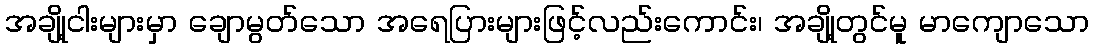
အချို့ငါးများမှာ ချောမွတ်သော အရေပြားများဖြင့်လည်းကောင်း၊ အချို့တွင်မူ မာကျောသော